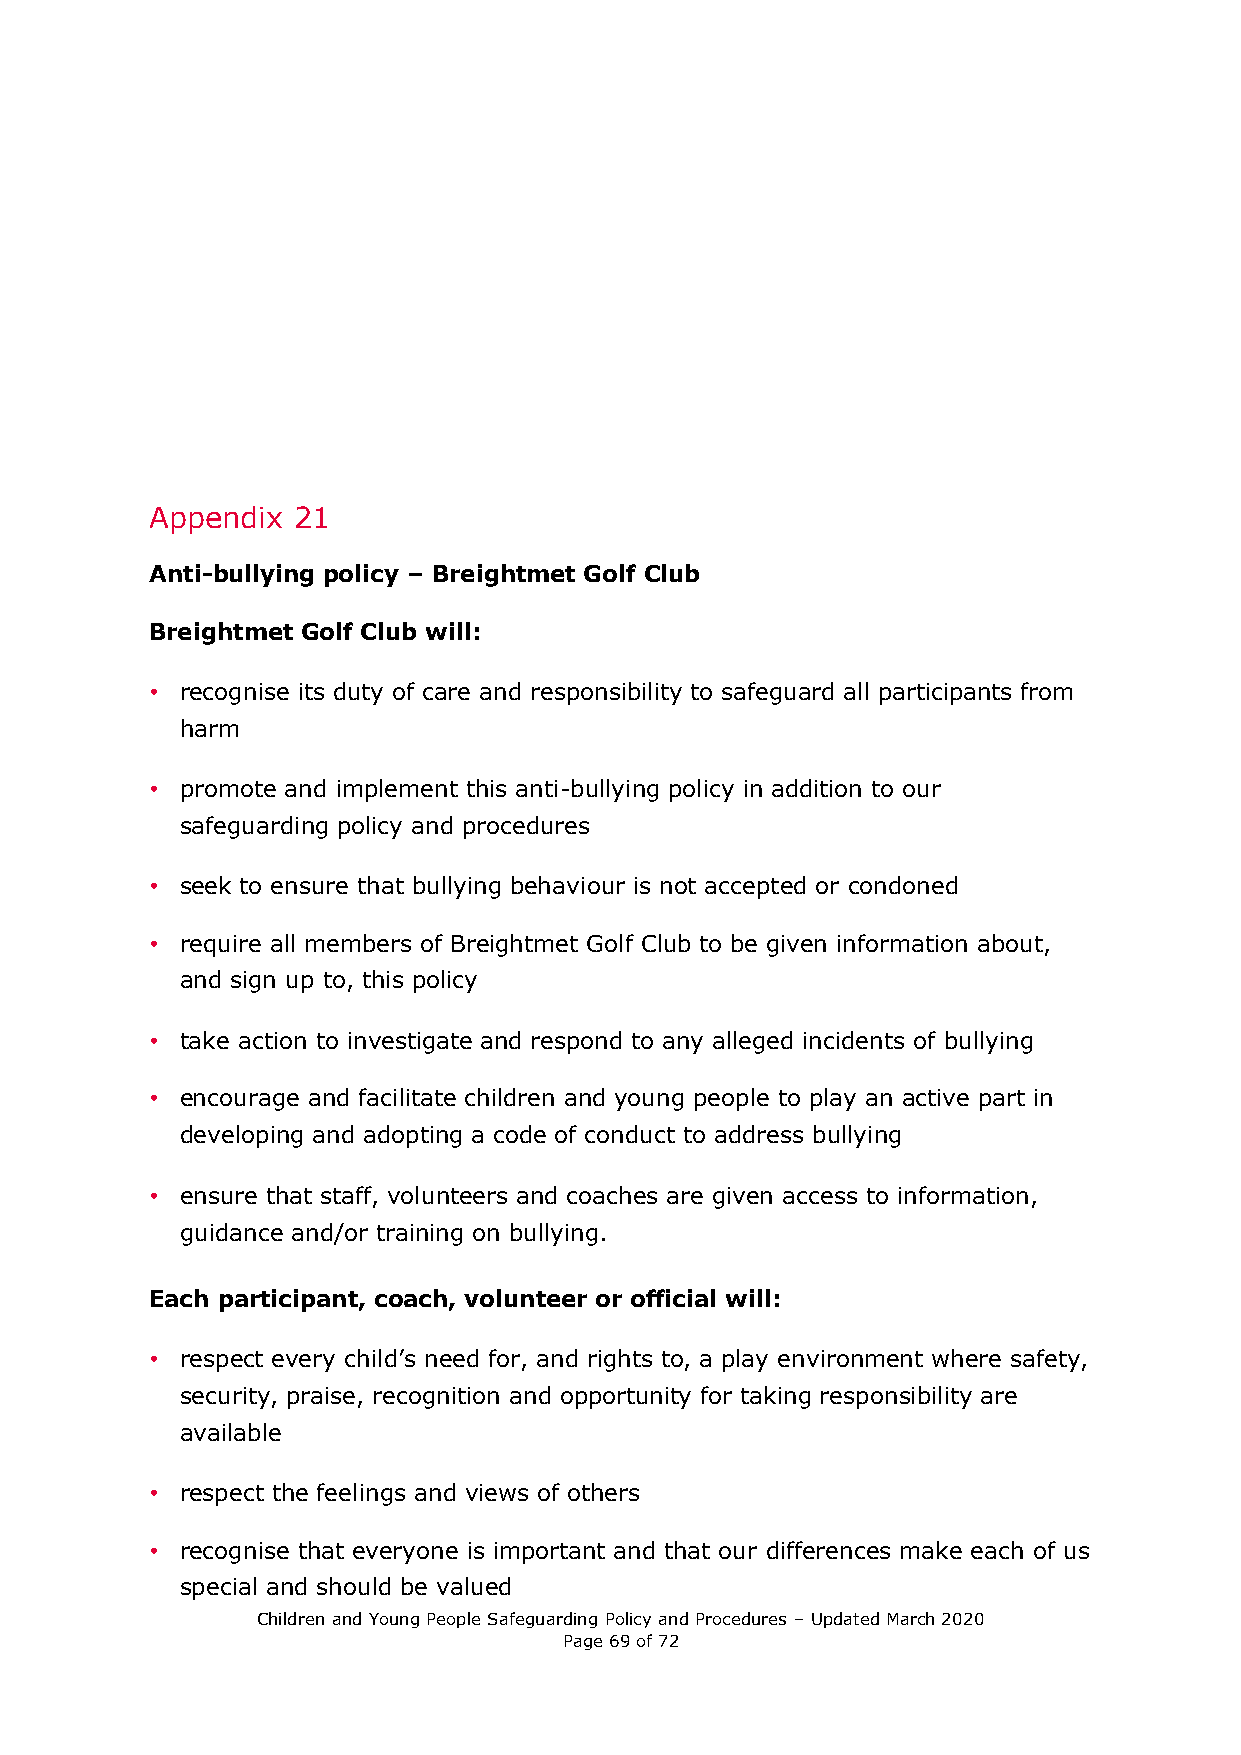
Appendix 21
 Anti-bullying policy – Breightmet Golf Club
 Breightmet Golf Club will:
 • recognise its duty of care and responsibility to safeguard all participants from
 harm
 • promote and implement this anti-bullying policy in addition to our
 safeguarding policy and procedures
 • seek to ensure that bullying behaviour is not accepted or condoned
 • require all members of Breightmet Golf Club to be given information about,
 and sign up to, this policy
 • take action to investigate and respond to any alleged incidents of bullying
 • encourage and facilitate children and young people to play an active part in
 developing and adopting a code of conduct to address bullying
 • ensure that staff, volunteers and coaches are given access to information,
 guidance and/or training on bullying.
 Each participant, coach, volunteer or official will:
 • respect every child’s need for, and rights to, a play environment where safety,
 security, praise, recognition and opportunity for taking responsibility are
 available
 • respect the feelings and views of others
 • recognise that everyone is important and that our differences make each of us
 special and should be valued
 Children and Young People Safeguarding Policy and Procedures – Updated March 2020
 Page 69 of 72